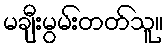
မချီးမွမ်းတတ်သူ။